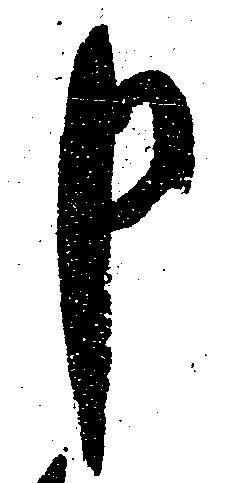
申